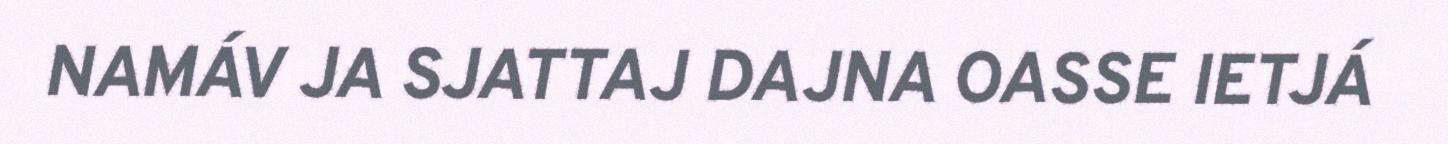
NAMÁV JA SJATTAJ DAJNA OASSE IETJÁ